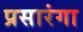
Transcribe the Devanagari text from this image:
प्रसारंगा